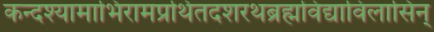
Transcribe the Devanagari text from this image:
कन्दश्यामाभिरामप्रथितदशरथब्रह्मविद्याविलासिन्